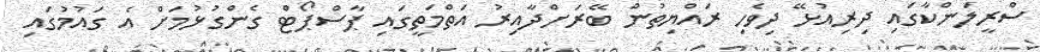
ސްރީލަންކާގައި ދިރިއުޅޭ ދިވެހި ރައްޔިތުން ބޭރަށްދާއިރު އަތްމަތީގައި ޕާސްޕޯޓް ގެންގުޅުމަށް އެ ގައުމުގައި